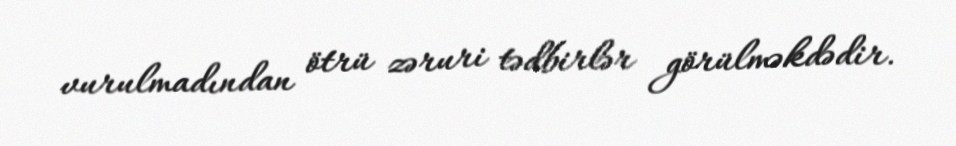
vurulmadından ötrü zəruri tədbirlər görülməkdədir.